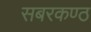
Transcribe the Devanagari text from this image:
सबरकण्ठ